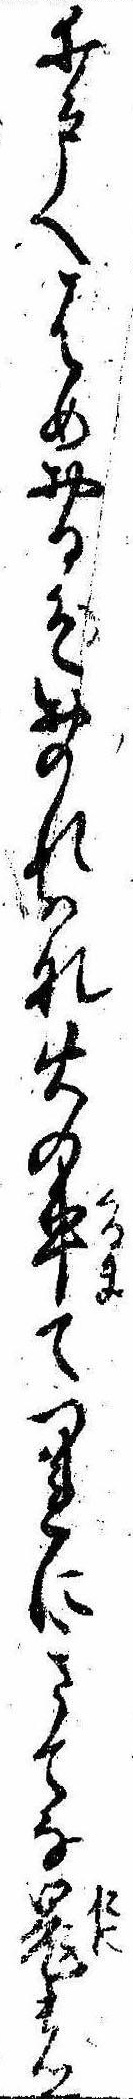
井戸へはめおるぞおのれはな火の車てつれにきてな鬼の